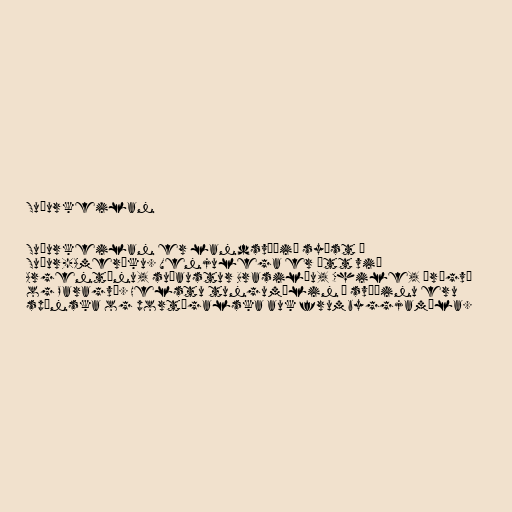
Suðurkeilan

Suðurkeilan er landsvæðið syðst í
Suður-Ameríku. Venjulega er átt við
Argentínu, suðaustur Brasilíu, Chile, Úrúgvæ
og Paragvæ. Helstu tungumálin á svæðinu eru
spænska og portúgalska auk frumbyggjamála.